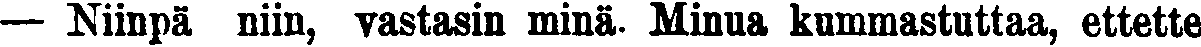
— Niinpä niin, vastasin minä. Minua kummastuttaa, ettette